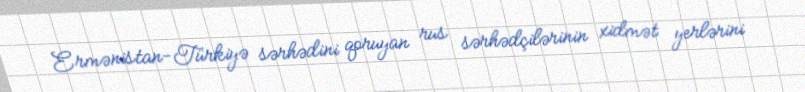
Ermənistan-Türkiyə sərhədini qoruyan rus sərhədçilərinin xidmət yerlərini